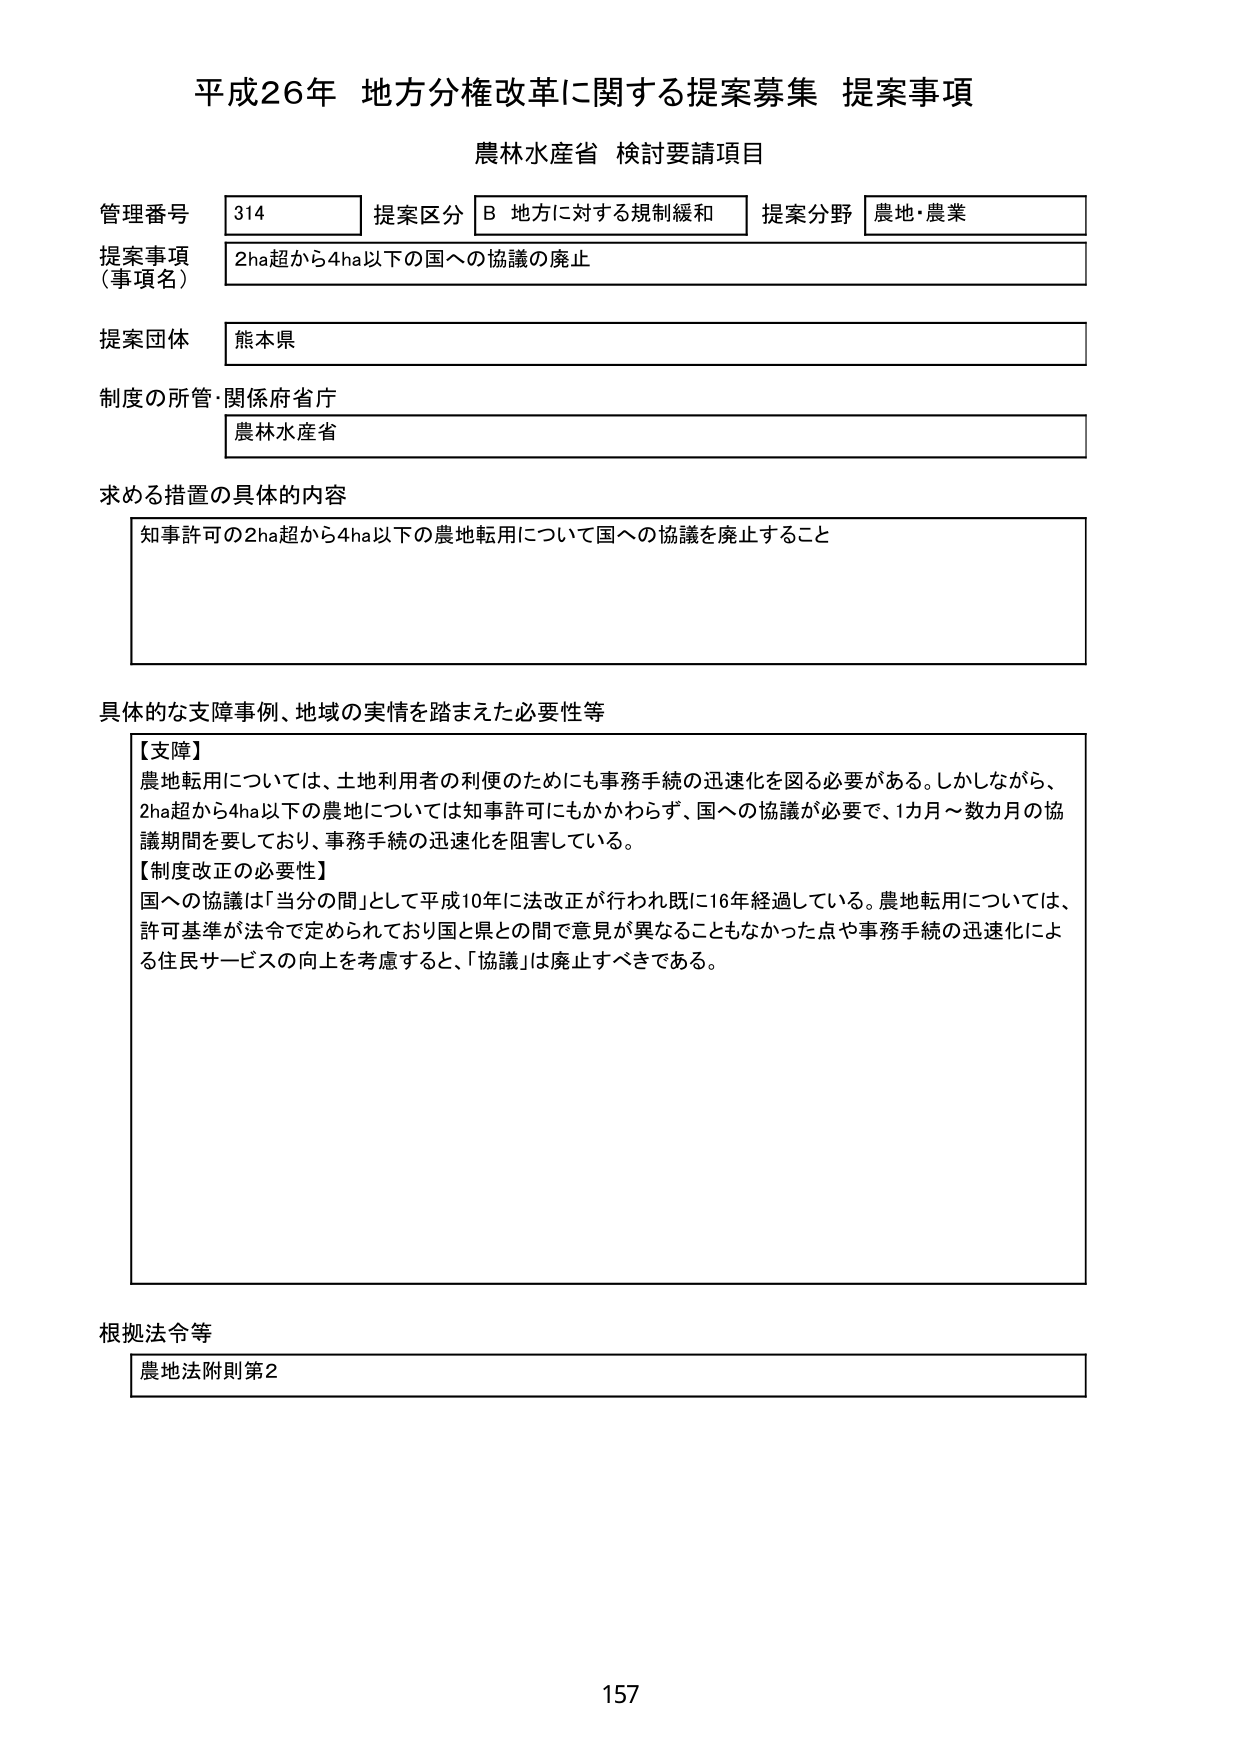
平成26年 地方分権改革に関する提案募集 提案事項
農林水産省 検討要請項目

管理番号 314 提案区分 B 地方に対する規制緩和 提案分野 農地・農業
提案事項（事項名） 2ha超から4ha以下の国への協議の廃止
提案団体 熊本県
制度の所管・関係府省庁 農林水産省

求める措置の具体的な内容
知事許可の2ha超から4ha以下の農地転用について国への協議を廃止すること

具体的な支障事例、地域の実情を踏まえた必要性等
【支障】
農地転用については、土地利用者の利便のためにも事務手続の迅速化を図る必要がある。しかしながら、
2ha超から4ha以下の農地については知事許可にもかかわらず、国への協議が必要で、1カ月～数カ月の協
議期間を要しており、事務手続の迅速化を阻害している。
【制度改正の必要性】
国への協議は「当分の間」として平成10年に法改正が行われ既に16年経過している。農地転用については、
許可基準が法令で定められており国と県との間で意見が異なることもなかった点や事務手続の迅速化によ
る住民サービスの向上を考慮すると、「協議」は廃止すべきである。

根拠法令等
農地法附則第2

157